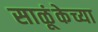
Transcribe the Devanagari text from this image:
साळूंकेच्या